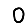
Digit: 0